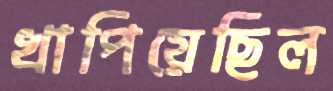
খাপিয়েছিল